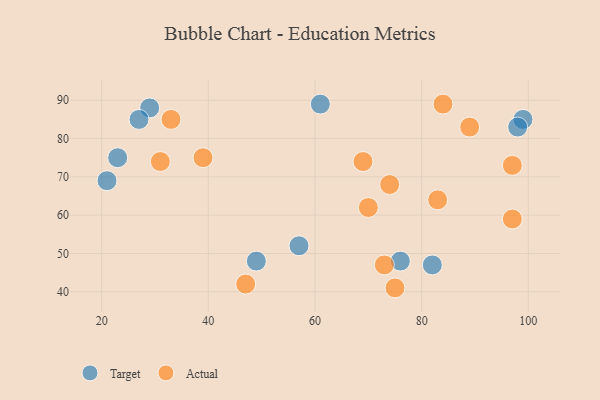
{"axis": {"x": "GDP", "y": "Life Expectancy"}, "legend": ["Actual", "Target"], "data": [{"x": "99", "y": 85, "type": "Target"}, {"x": "57", "y": 52, "type": "Target"}, {"x": "98", "y": 83, "type": "Target"}, {"x": "82", "y": 47, "type": "Target"}, {"x": "76", "y": 48, "type": "Target"}, {"x": "29", "y": 88, "type": "Target"}, {"x": "23", "y": 75, "type": "Target"}, {"x": "49", "y": 48, "type": "Target"}, {"x": "27", "y": 85, "type": "Target"}, {"x": "21", "y": 69, "type": "Target"}, {"x": "61", "y": 89, "type": "Target"}, {"x": "83", "y": 64, "type": "Actual"}, {"x": "31", "y": 74, "type": "Actual"}, {"x": "75", "y": 41, "type": "Actual"}, {"x": "97", "y": 59, "type": "Actual"}, {"x": "73", "y": 47, "type": "Actual"}, {"x": "33", "y": 85, "type": "Actual"}, {"x": "89", "y": 83, "type": "Actual"}, {"x": "69", "y": 74, "type": "Actual"}, {"x": "39", "y": 75, "type": "Actual"}, {"x": "84", "y": 89, "type": "Actual"}, {"x": "47", "y": 42, "type": "Actual"}, {"x": "70", "y": 62, "type": "Actual"}, {"x": "74", "y": 68, "type": "Actual"}, {"x": "97", "y": 73, "type": "Actual"}]}